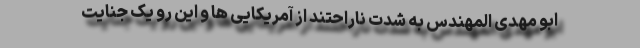
ابو مهدی المهندس به شدت ناراحتند از آمریکایی ها و این رو یک جنایت